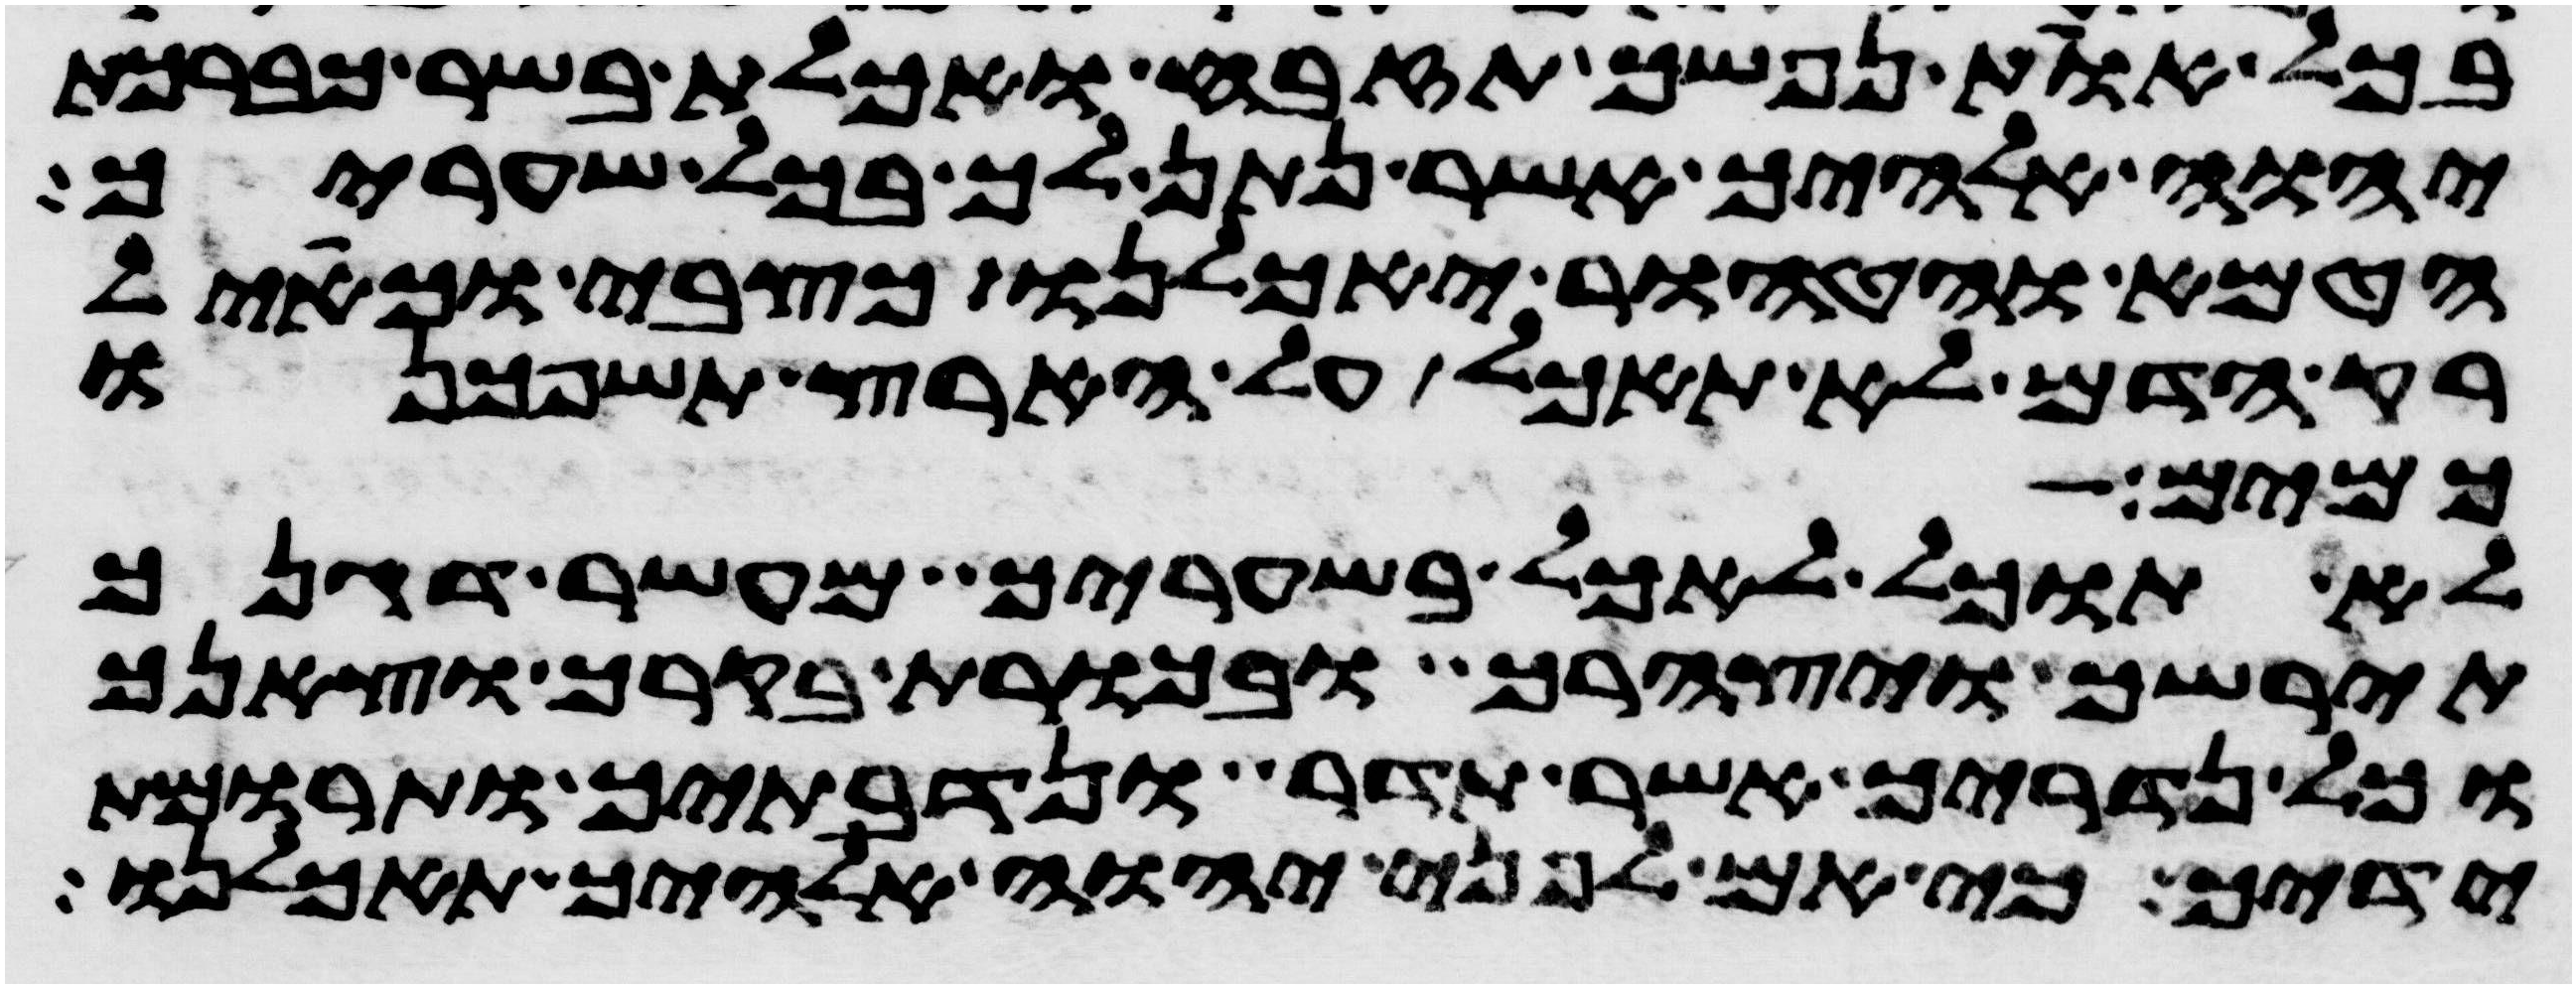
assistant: בכל אות נפשך תזבח ואכלת בשר כברכת
יהוה אלהיך אשר נתן לך בכל שעריך
הטמא והטהור יאכלנו כצבי וכאיל
רק הדם לא תאכל על הארץ תשפכנו
כמים
לא תוכל לאכל בשעריך מעשר דגנך
תירשך ויצהרך ובכורת בקרך וצאנך
וכל נדריך אשר תדר ונדבתיך ותרומות
ידיך כי אם לפני יהוה אלהיך תאכלנו